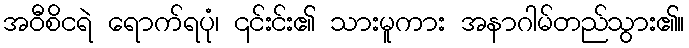
အဝီစိငရဲ ရောက်ရပုံ၊ ၎င်းင်း၏ သားမူကား အနာဂါမ်တည်သွား၏။